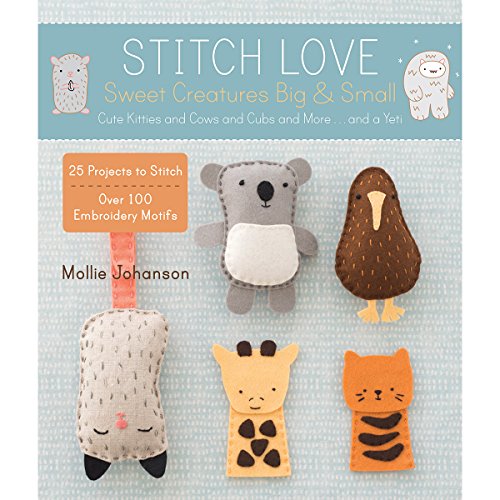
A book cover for Stitch Love: Sweet Creatures Big & Small: Cute Kitties and Cows and Cubs and More...and a Yeti; Mollie Johanson; Crafts, Hobbies & Home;